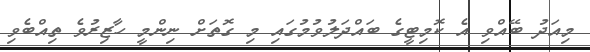
މިއަދު ބޭއްވި އެ ކޮމިޓީގެ ބައްދަލުވުމުގައި މި ގޮތަށް ނިންމީ ހާޒިރުވެ ތިއްބެވި